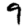
Digit: 9